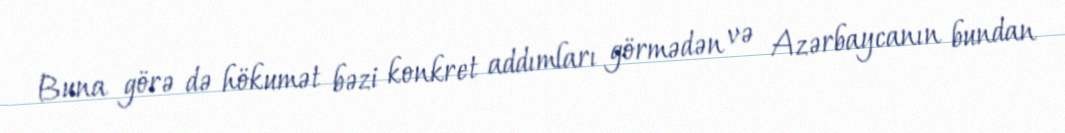
Buna görə də hökumət bəzi konkret addımları görmədən və Azərbaycanın bundan